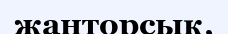
жанторсық,